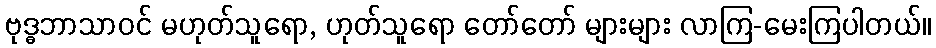
ဗုဒ္ဓဘာသာဝင် မဟုတ်သူရော, ဟုတ်သူရော တော်တော် များများ လာကြ-မေးကြပါတယ်။